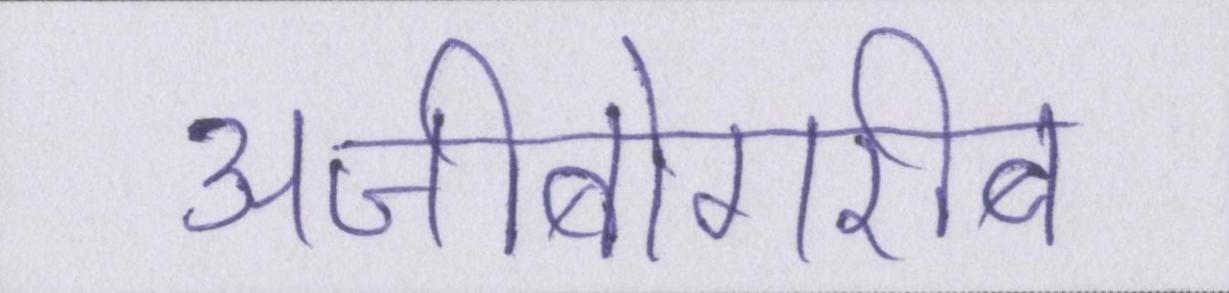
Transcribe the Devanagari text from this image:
अजीबोगरीब